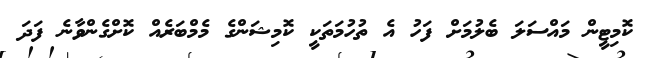
ކޮމިޓީން މައްސަލަ ބެލުމަށް ފަހު އެ ތުހުމަތަކީ ކޮމިޝަންގެ މެމްބަރެއް ކޮށްގެންވާނެ ފަދަ